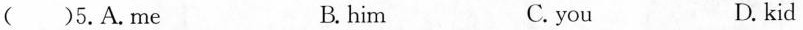
( )5.A.me B. him C. you D. kid